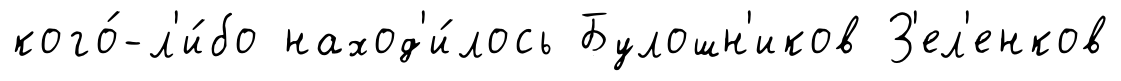
кого́-л'и́бо наход'и́лось Булошн'иков З'ел'енков